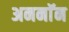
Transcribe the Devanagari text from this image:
अननाॅन